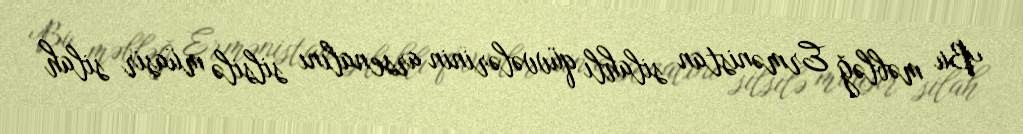
Bu məbləğ Ermənistan silahlı qüvvələrinin arsenalını silsilə müasir silah